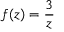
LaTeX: f ( z ) = { \frac { 3 } { z } }